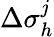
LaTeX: \Delta\sigma_{h}^{j}